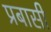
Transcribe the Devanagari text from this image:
प्रबासी